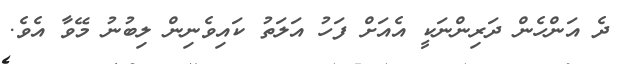
ދެ އަންހެން ދަރިންނަކީ އެއަށް ފަހު އަލަތު ކައިވެނިން ލިބުނު މޭވާ އެވެ.